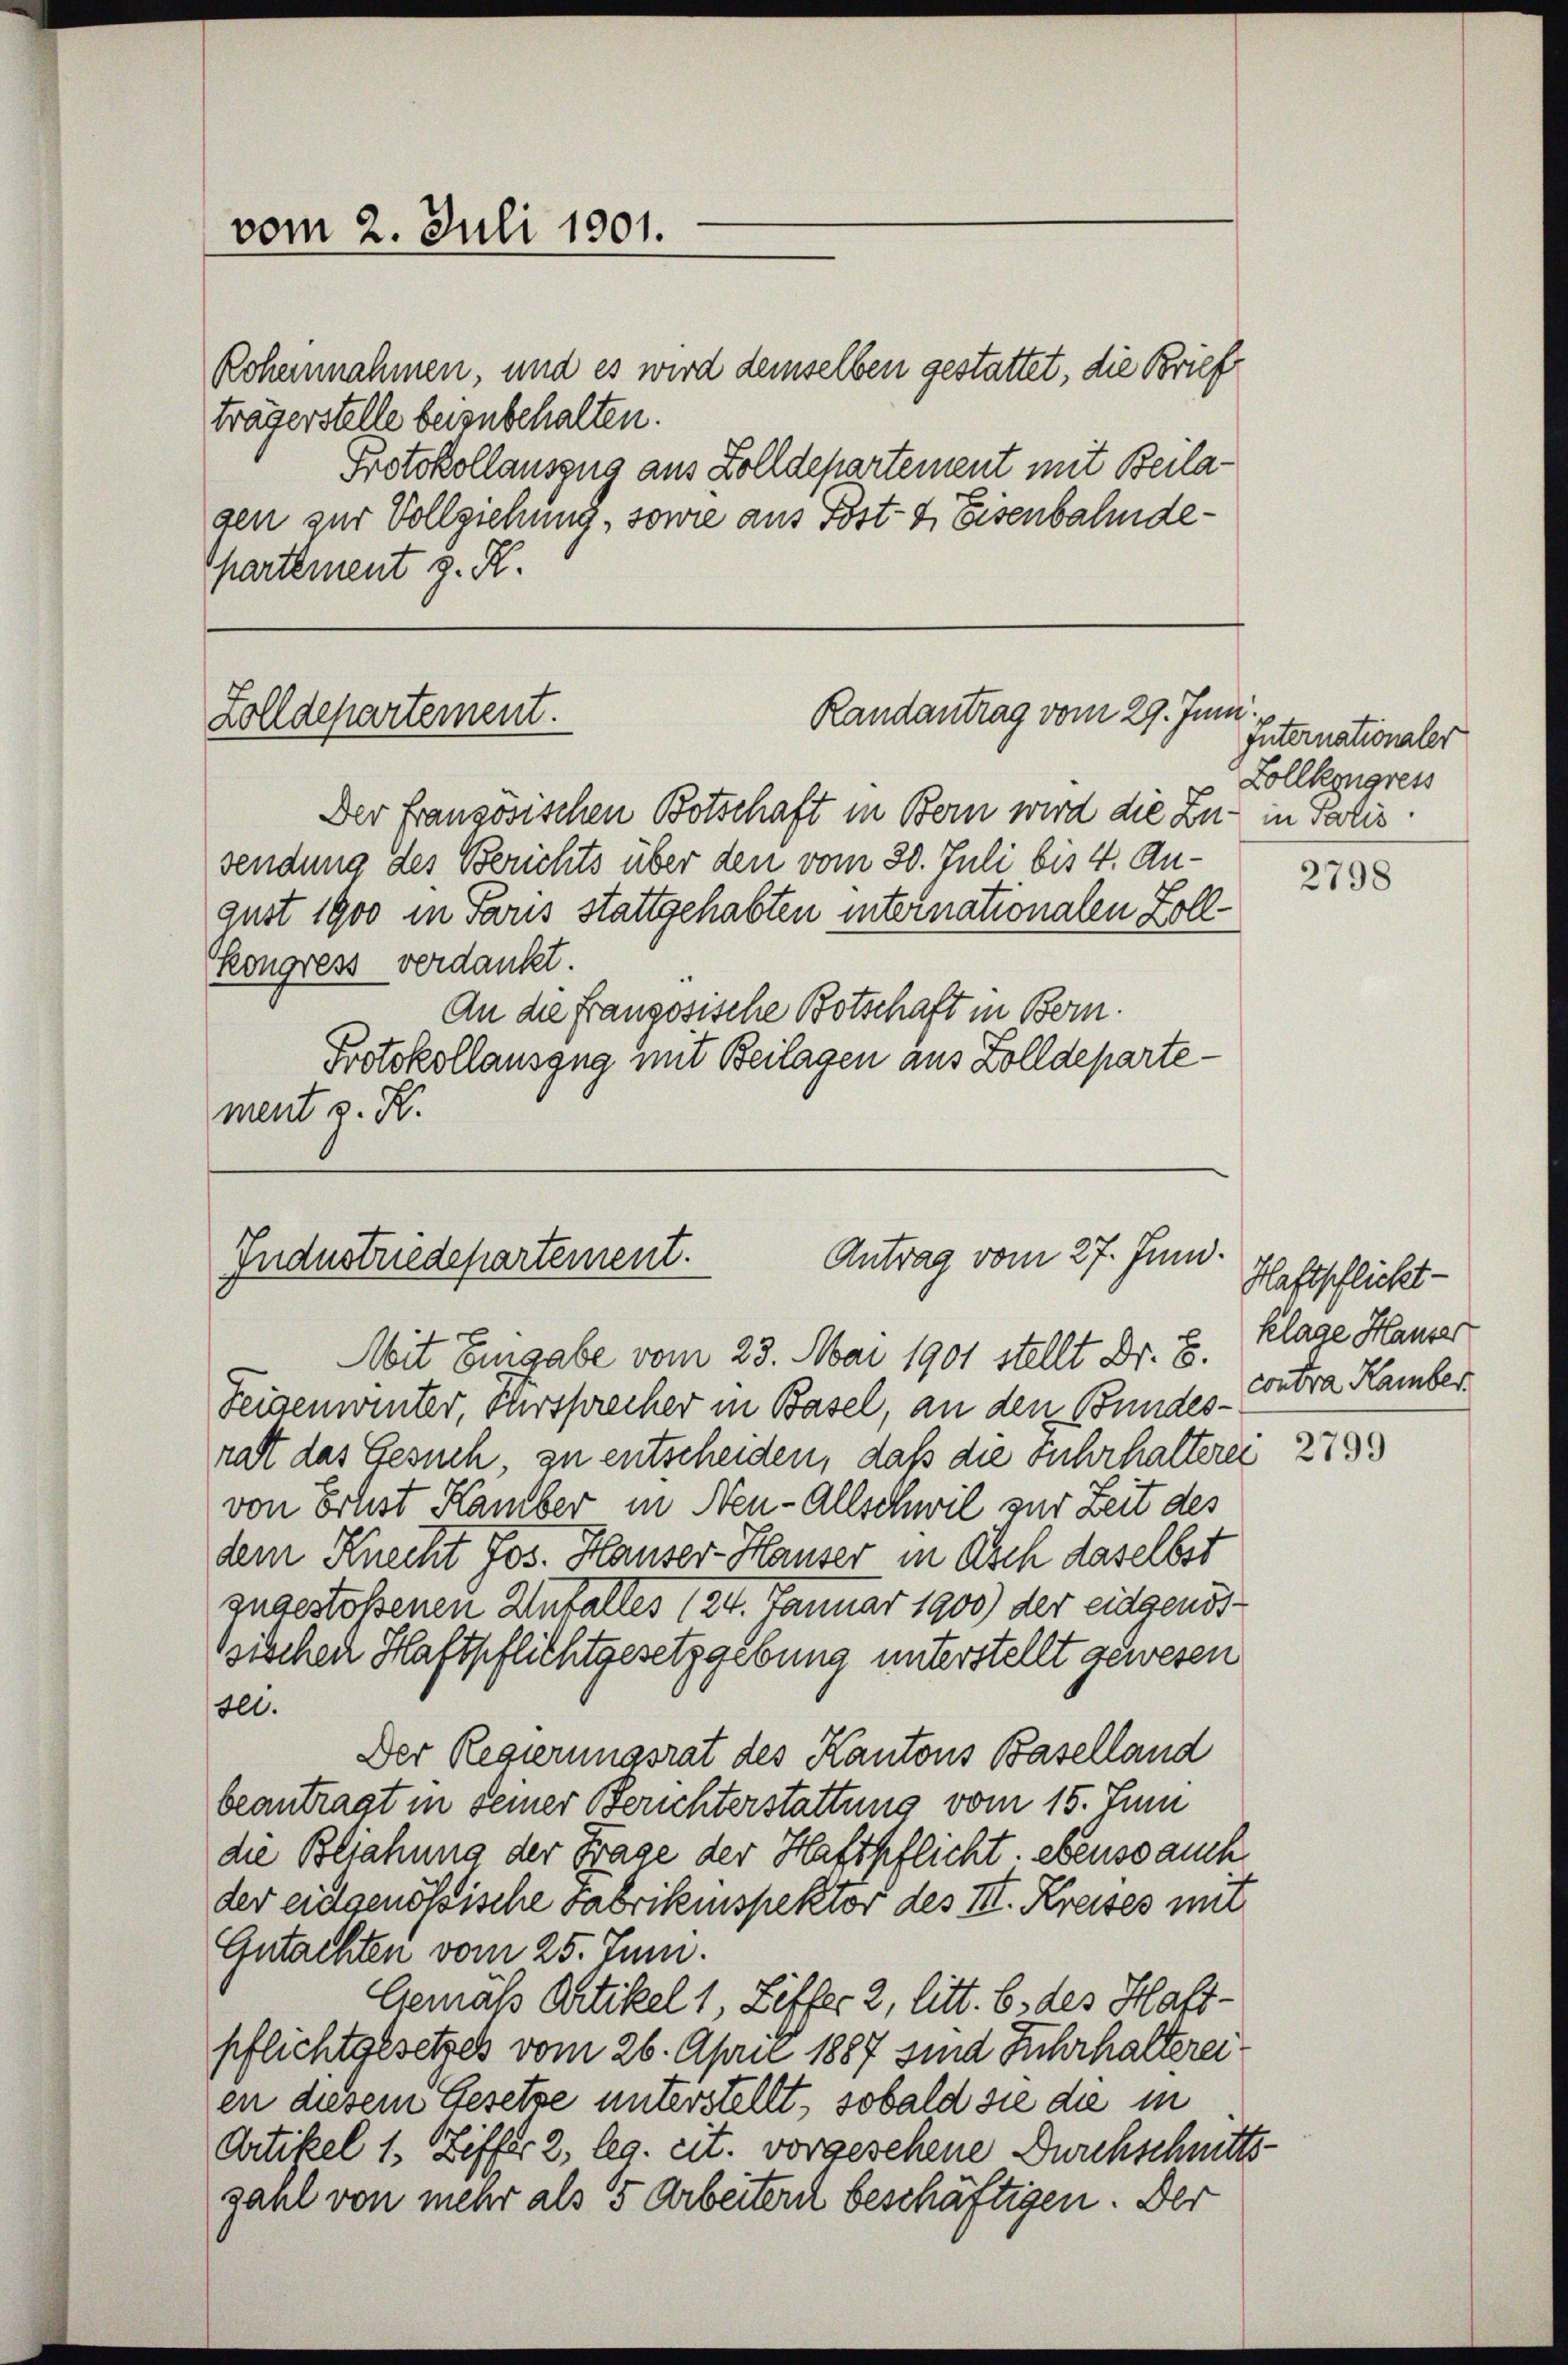
Rohernahmen, und es wird demselben gestattet, die Brief
trägerstelle beizubehalten.
Protokollauszug aus Zolldepartement mit Beilasen zur Vollziehung, sowie aus Post- & Eisenbahndepartement z. R.

vom 2. Juli 1901.

Randantrag vom 29. Juni.
Zolldepartement.

Der französischen Botschaft in Bern wird die Zu- in votis
sendung des Berichts über den vom 30. Juli bis 4. August 1900 in Paris stattgehabten internationalen Zollkongress verdankt.
An die französische Botschaft in Bern.
Protokollauszug mit Beilagen aus Zolldeparte
ment v. K.

Antrag vom 27. Juni.
Industriedepartement.

Mit Eingabe vom 23. Mai 1901 stellt Dr. B.
Feigenwinter, Fürsprecher in Basel, an den Bundesrat das Gesuch, zu entscheiden, daß die Fuhrhalterei
von Ernst Kamber in Neu-Allschwil zur Zeit des
dem Knecht Jos. Hauser-Hauser in Asch daselbst
zugestoßenen Unfalles (124. Januar 1900) der eidgenös¬
Bischen Haftpflichtgesetzgebung unterstellt gewesen
Ill.
Der Regierungsrat des Kantons Baselland
beantragt in seiner Berichterstattung vom 15. Juni
die Bliahung der Frage der Haftpflicht, ebenso auch
der eidgenössische Fabrikinspektor des III. Kreises mit
Gutachten vom 25. Juni.
Gemäß Artikel 1, Ziffer 2, litt. b. des Haft-
pflichtgesetzes vom 26. April 1887 sind Fuhrhaltereien diesem Gesetze unterstellt, sobald sie die in
Artikel 1. Ziffer 2, leg. cit. vorgesehene Durchschnitts
zahl von mehr als 5 Arbeiter beschäftigen. Der

Internationaler
Lollkongress

2798

Haftpflicht-
klage Hauser
contra Hamber.

2799